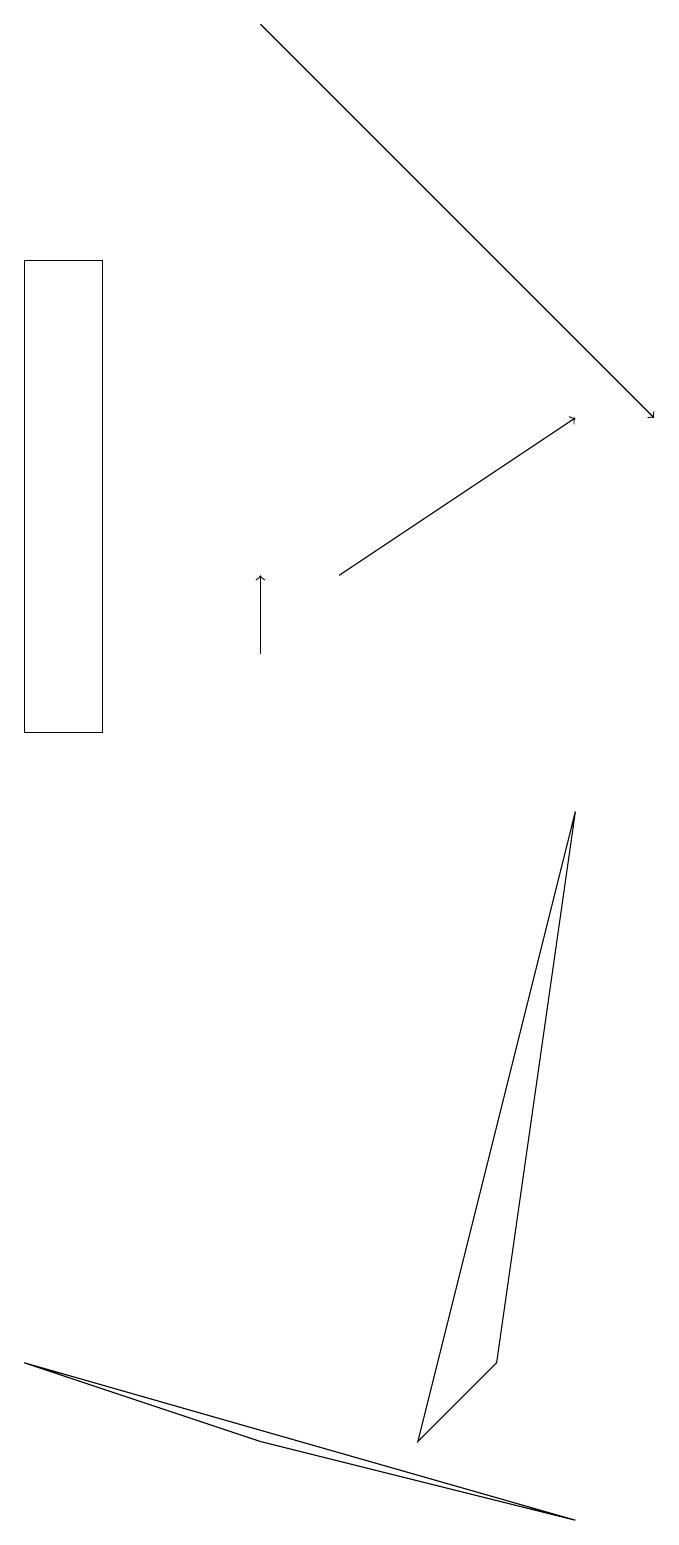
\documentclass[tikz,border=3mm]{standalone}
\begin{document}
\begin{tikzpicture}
\draw (7,2) -- (6,1) -- (8,9) -- cycle;
\draw[->] (5,12) -- (8,14);
\draw (8,0) -- (4,1) -- (1,2) -- cycle;
\draw (2,16) rectangle (1,10);
\draw[->] (4,11) -- (4,12);
\draw[->] (4,19) -- (9,14);
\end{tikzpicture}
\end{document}